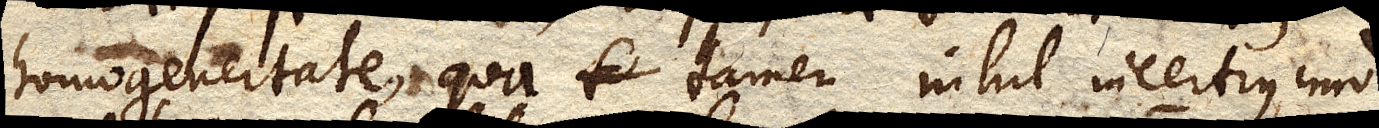
homogeneitate, qua tamen nihil incertius, imo